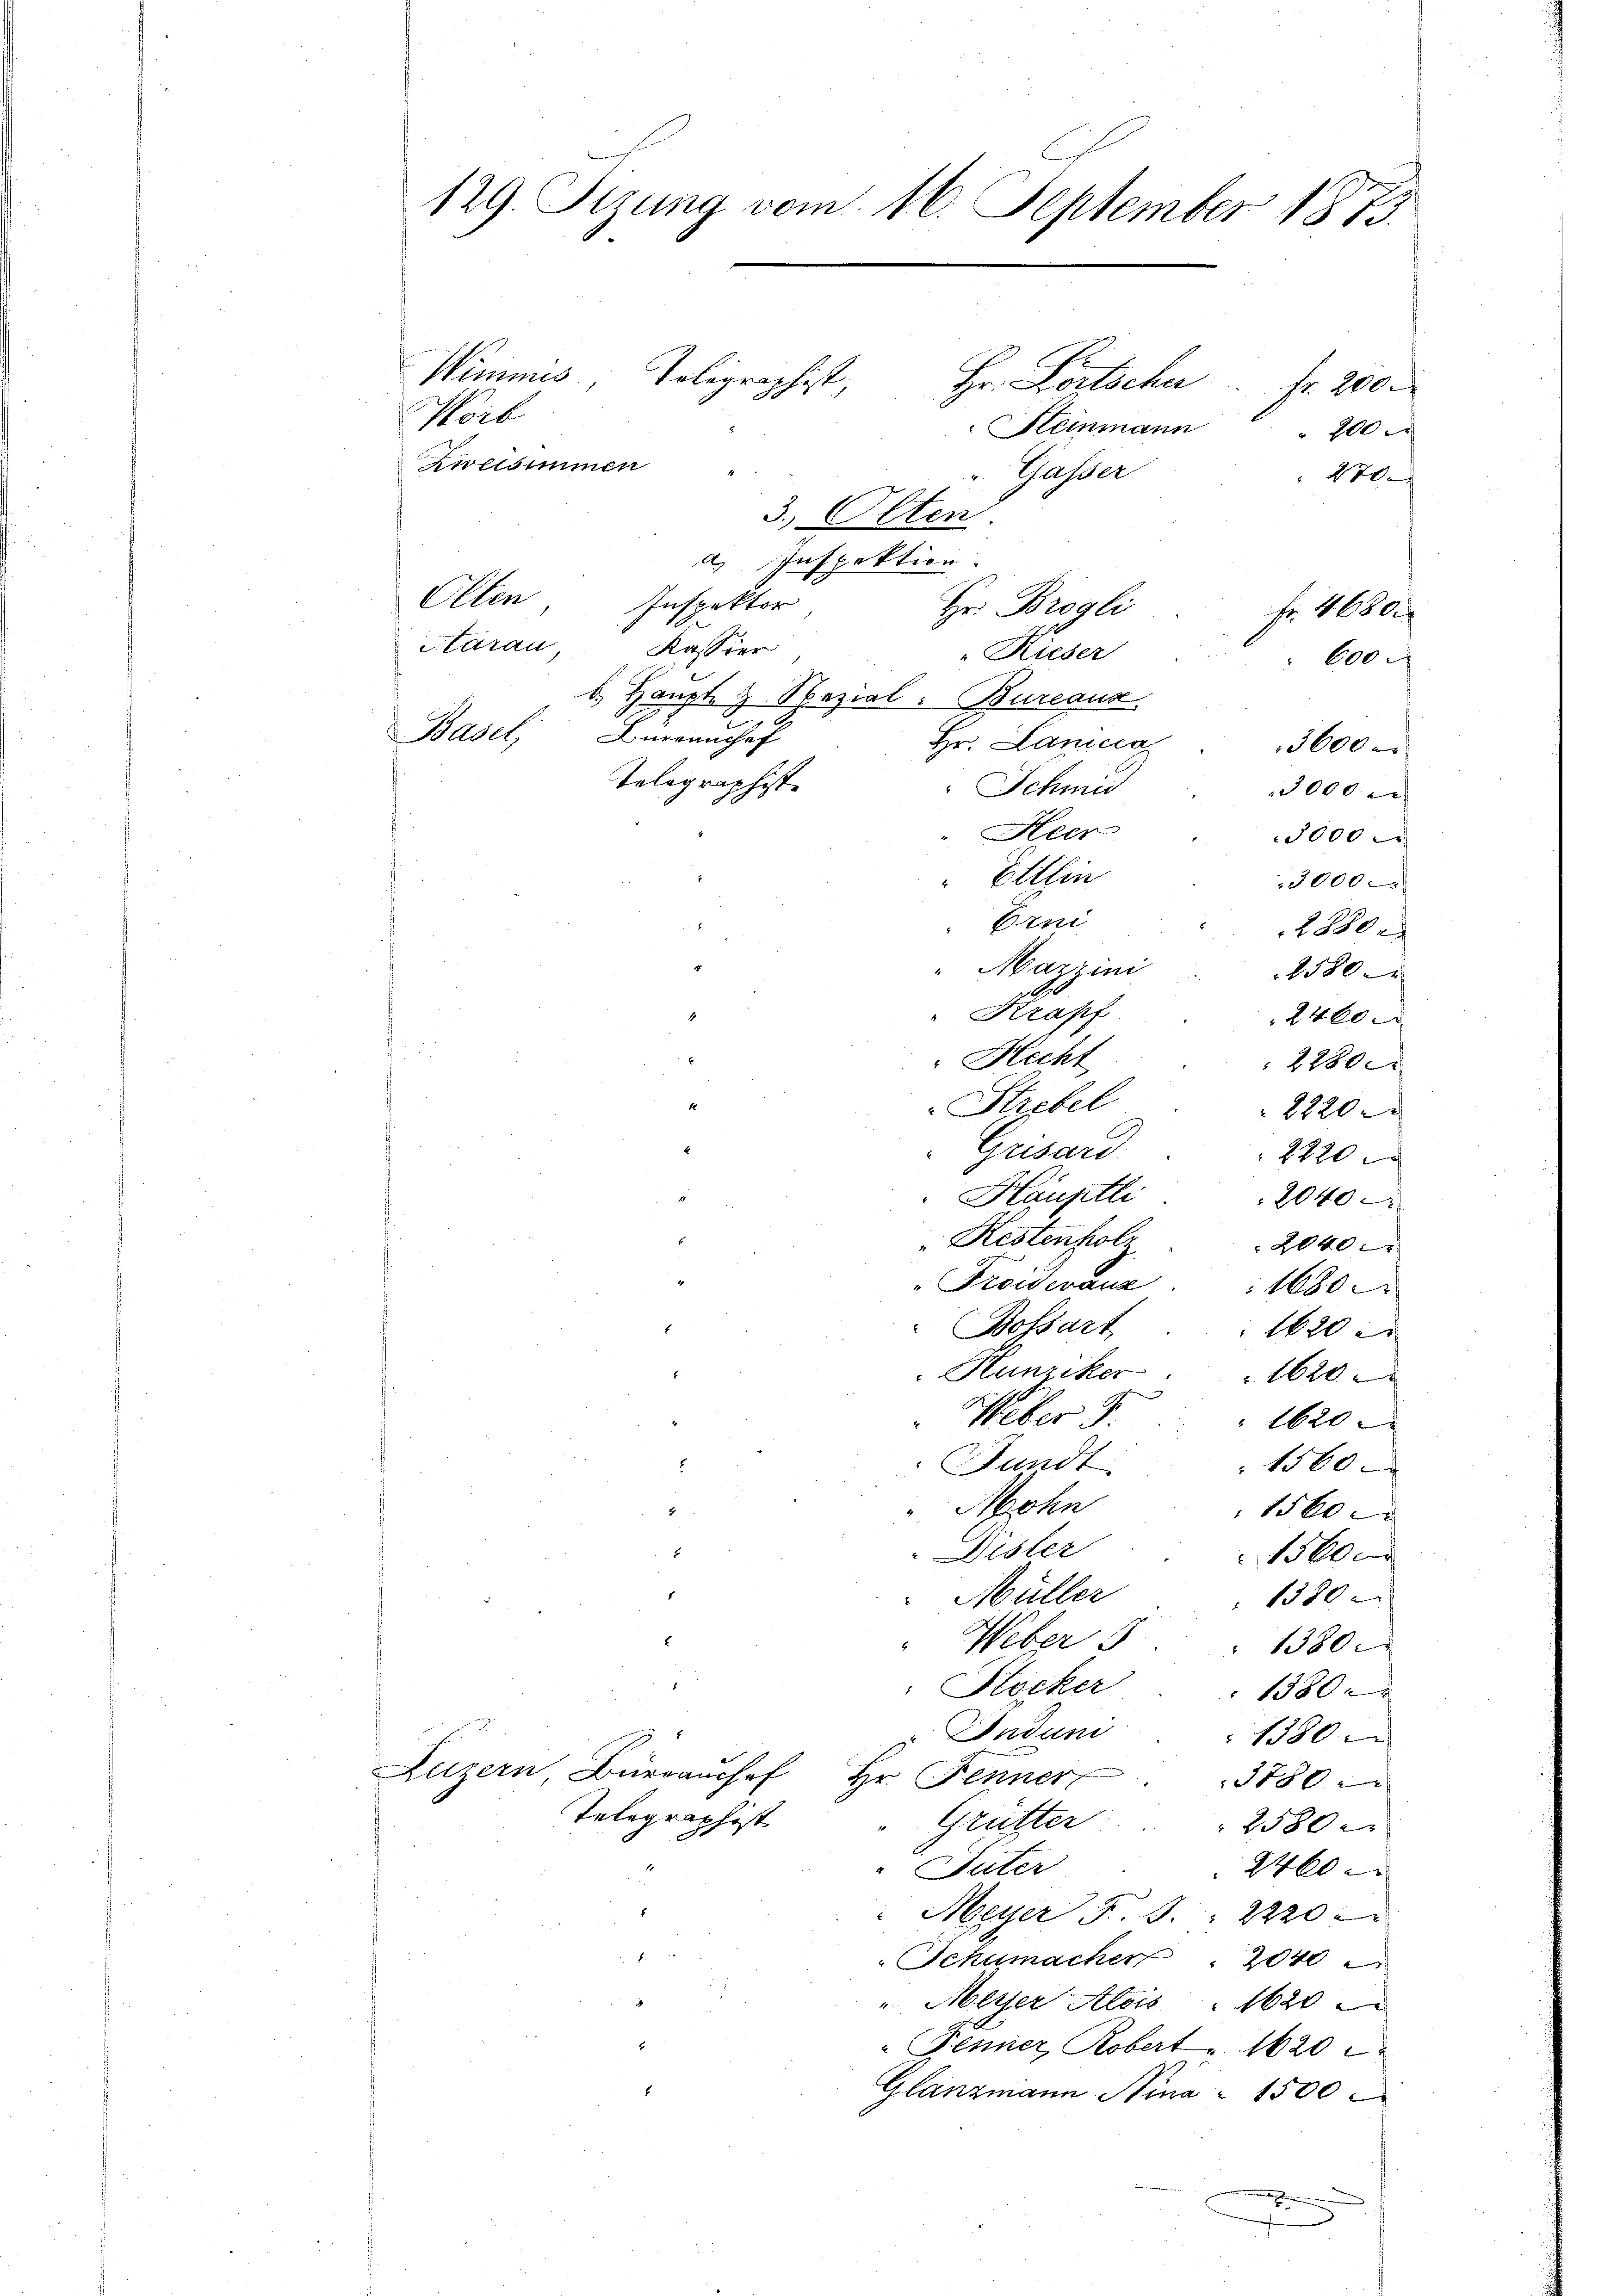
129. Sizung vom 16. September 1873.

Hr. Fortscher Fr. 200.
Worb
Heinmann
Zweisimmen
Gasser
3. Olten
2 Inspektion.
Olten
Inspektor
Hr. Brogli
tarau
Kassier
"Rieder
d. Haupt- & Spezial: Bureaux
Mael
Anrranchef
Hr. Lanicca
100
Telegraphist.
Schmid
3000
"Heer
5000
Ettlin
3000
Erni
2880 x
Mazzini
1580.
Krapf
2460 x
"Hecht
2280
Strebel
8220
Grisard
2220
Häuptli
2040
Restenholz
2040
Froideranz
1680
Bossart
1620 x
Hunziker
1620
Ueber J.
1620
Fundt
1560
Mehn
1560
Disler
15000
Müller
1380
Webers
1380.
Stocker
1380 x
Indun
1380.
Luzern Bürranchef Hr. Fenner
1880
Telegraphist
Grütter
2580
"Vater
2400
Meyer F. S. 2220
b.
Schumacher  "  2040
" Meyer Alois  1620
" Jenner, Robert. 1620
Glanzmann Nina 1500
.

Wimmes, Tolographist.

200

l

600.

Fr. 4680.